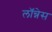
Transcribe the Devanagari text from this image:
लॉन्नेस